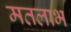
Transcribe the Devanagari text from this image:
मतलाभ